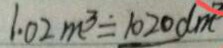
1 . 0 2 m ^ { 3 } = 1 0 2 0 d m ^ { 2 }